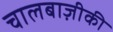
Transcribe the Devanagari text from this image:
चालबाज़ीकी